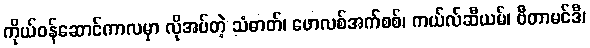
ကိုယ်ဝန်ဆောင်ကာလမှာ လိုအပ်တဲ့ သံဓာတ်၊ ဖောလစ်အက်စစ်၊ ကယ်လ်ဆီယမ်၊ ဗီတာမင်ဒီ၊